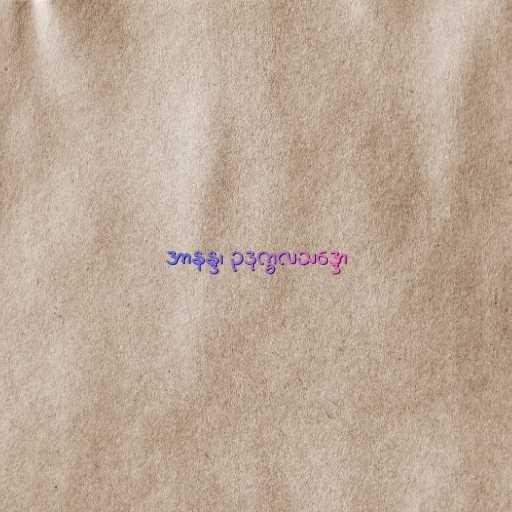
အာနန္ဒ၊ ဥဒုက္ခလသဒ္ဒော